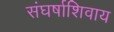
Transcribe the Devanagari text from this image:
संघर्षाशिवाय